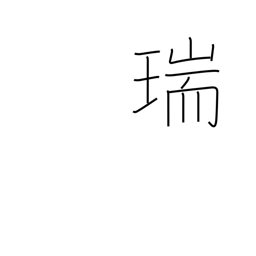
Meaning: congratulations